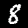
Label: 8